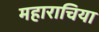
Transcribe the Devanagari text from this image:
महाराचिया